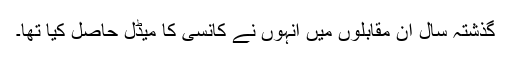
گذشتہ سال ان مقابلوں میں انہوں نے کانسی کا میڈل حاصل کیا تھا۔